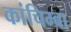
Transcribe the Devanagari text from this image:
कांचिम्बा